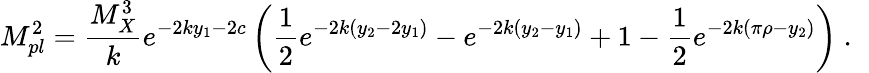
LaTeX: M_{pl}^{2}={\frac{M_{X}^{3}}{k}}e^{-2ky_{1}-2c}\left({\frac{1}{2}}e^{-2k(y_{2}-2y_{1})}-e^{-2k(y_{2}-y_{1})}+1-{\frac{1}{2}}e^{-2k(\pi\rho-y_{2})}\right)~.~\,